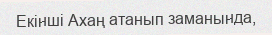
Екінші Ахаң атанып заманында,